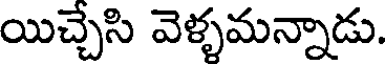
యిచ్చేసి వెళ్ళమన్నాడు.